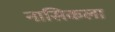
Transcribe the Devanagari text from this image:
नासिकला